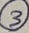
Text: 3